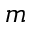
m